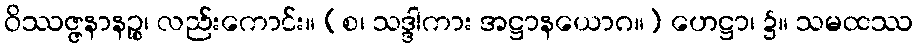
ဝိဿဇ္ဇနာနဉ္စ၊ လည်းကောင်း။ (စ၊ သဒ္ဒါကား အဋ္ဌာနယောဂ။) ဟေဋ္ဌာ၊ ၌။ သမထဿ